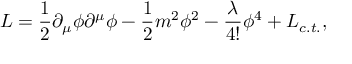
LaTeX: { \cal L } = \frac 1 2 \partial _ { \mu } \phi \partial ^ { \mu } \phi - \frac 1 2 m ^ { 2 } \phi ^ { 2 } - \frac \lambda { 4 ! } \phi ^ { 4 } + { \cal L } { _ { c . t . } } ,